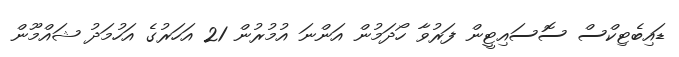
ޑައިބެޓިކްސް ސޮސައިޓީން ފަރުވާ ހޯދަމުން އަންނަ އުމުރުން 21 އަހަރުގެ އަހުމަދު ޝައްމޫން